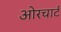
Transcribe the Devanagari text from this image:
ओरचार्ट